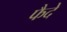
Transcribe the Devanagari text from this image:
फैदे